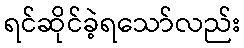
ရင်ဆိုင်ခဲ့ရသော်လည်း